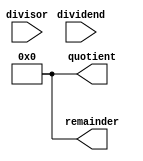
module restoring_divider (
    input wire [7:0] dividend,
    input wire [7:0] divisor,
    output reg [7:0] quotient,
    output reg [7:0] remainder
);

reg [7:0] temp_dividend;
reg [7:0] temp_remainder;
reg [7:0] temp_quotient;
reg [2:0] state;

always @ (dividend, divisor) begin
    temp_dividend = dividend;
    temp_remainder = 0;
    temp_quotient = 0;
    state = 0;
end

always @ (posedge clk) begin
    case (state)
        0: begin
            if (temp_dividend >= divisor) begin
                temp_dividend = temp_dividend - divisor;
                temp_quotient = temp_quotient + 1;
            end
            state = 1;
        end
        1: begin
            temp_dividend = temp_dividend << 1;
            temp_remainder = temp_remainder << 1;
            if (temp_dividend >= divisor) begin
                temp_dividend = temp_dividend - divisor;
                temp_remainder = temp_remainder + 1;
            end
            if (temp_remainder >= divisor) begin
                state = 0;
            end
        end
    endcase
end

assign quotient = temp_quotient;
assign remainder = temp_remainder;

endmodule